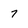
Character: 7